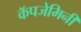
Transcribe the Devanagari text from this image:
कॅपजेमिनी